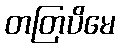
တတြပိမေ